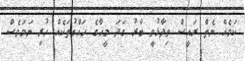
ކަމެއް ނެތް ރައީސް ވިދާޅުވީ ބާރު ގަދަ މީހާގެ ހައްގުތަކެއް ހުރި ނަމަވެސް